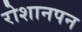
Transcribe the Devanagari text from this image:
रोशानपन